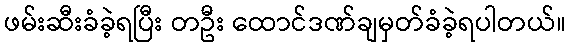
ဖမ်းဆီးခံခဲ့ရပြီး တဦး ထောင်ဒဏ်ချမှတ်ခံခဲ့ရပါတယ်။